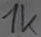
Text: 1k